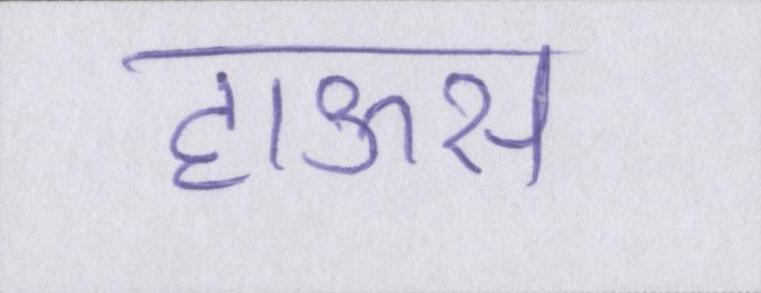
हाऊस